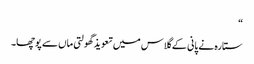
“
ستارہ نے پانی کے گلاس میں تعویذ گھولتی ماں سے پوچھا۔